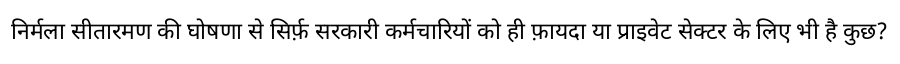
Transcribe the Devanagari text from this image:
निर्मला सीतारमण की घोषणा से सिर्फ़ सरकारी कर्मचारियों को ही फ़ायदा या प्राइवेट सेक्टर के लिए भी है कुछ?